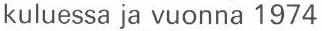
kuluessa ja vuonna 1974